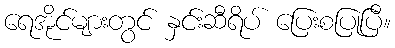
ရေအိုင်များတွင် နှင်းဆီရိပ် ပြေးစပြုပြီ။